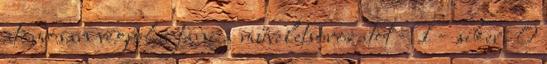
atomosan végrehajtani a műveletsorozatot – 1 – siker; 0